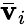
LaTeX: \bar{\mathbf{v}}_{i}